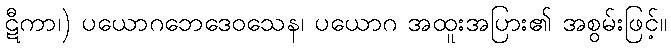
ဋီကာ၊) ပယောဂဘေဒေဝသေန၊ ပယောဂ အထူးအပြား၏ အစွမ်းဖြင့်။